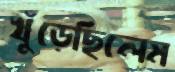
খুঁড়েছিলেম